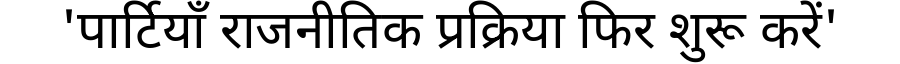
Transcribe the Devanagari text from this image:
'पार्टियाँ राजनीतिक प्रक्रिया फिर शुरू करें'